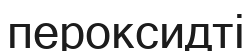
пероксидті